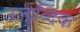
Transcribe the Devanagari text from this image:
ऊनाब्दिक